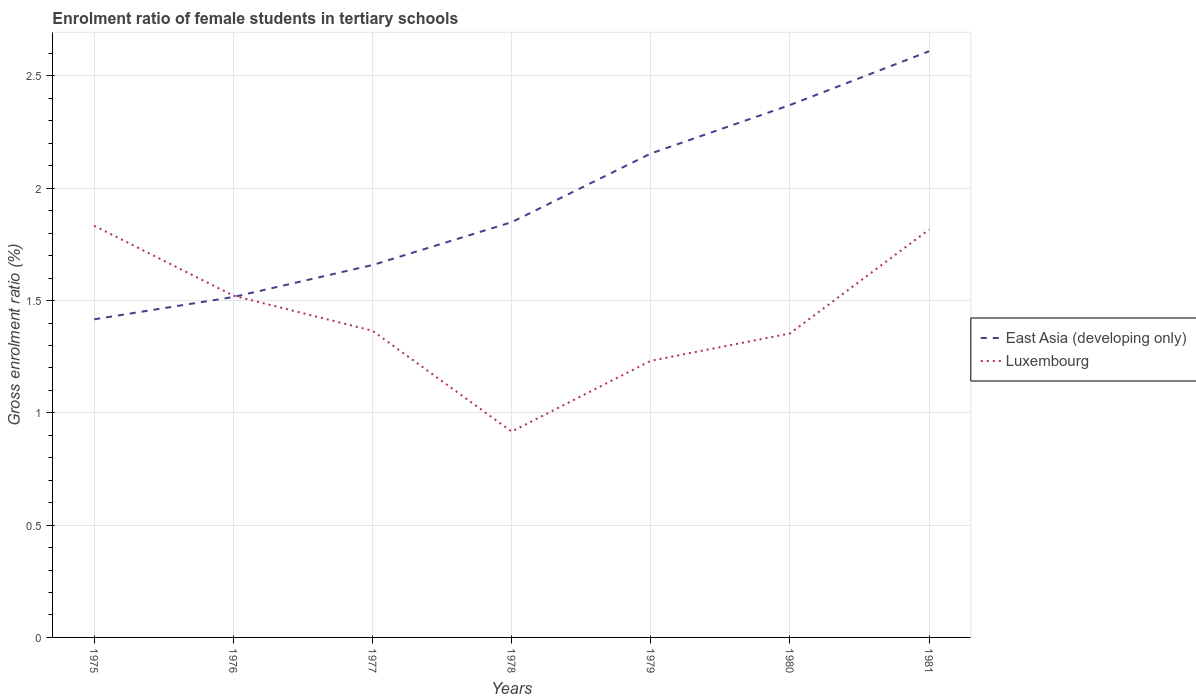
| Years | East Asia (developing only) | Luxembourg |
 | --- | --- | --- |
 | 1975 | 1.42 | 1.83 |
 | 1976 | 1.52 | 1.52 |
 | 1977 | 1.66 | 1.37 |
 | 1978 | 1.85 | 0.917 |
 | 1979 | 2.15 | 1.23 |
 | 1980 | 2.37 | 1.35 |
 | 1981 | 2.61 | 1.82 |